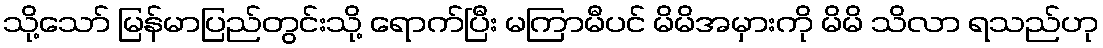
သို့သော် မြန်မာပြည်တွင်းသို့ ရောက်ပြီး မကြာမီပင် မိမိအမှားကို မိမိ သိလာ ရသည်ဟု